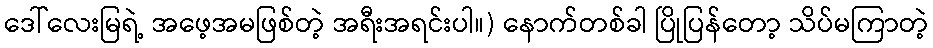
ဒေါ်လေးမြရဲ့ အဖေ့အမဖြစ်တဲ့ အရီးအရင်းပါ။) နောက်တစ်ခါ ပြိုပြန်တော့ သိပ်မကြာတဲ့